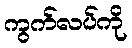
ကွက်လပ်ကို